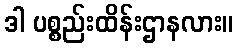
ဒါ ပစ္စည်းထိန်းဌာနလား။